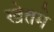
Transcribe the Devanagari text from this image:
खेतमे